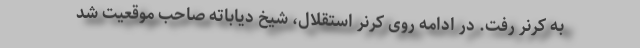
به کرنر رفت. در ادامه روی کرنر استقلال،‌ شیخ دیاباته صاحب موقعیت شد